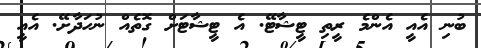
ބުނި އެއީ އެންމެ ރީތި ޓީޝާޓޭ. އެ ޓީޝާޓަށް ގޮތެއް ނުހަދާށޭ. އެއީ